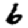
Digit: 6